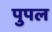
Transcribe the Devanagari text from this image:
पुपल